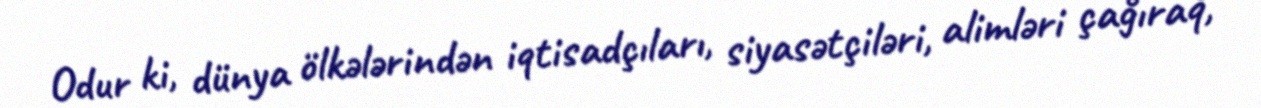
Odur ki, dünya ölkələrindən iqtisadçıları, siyasətçiləri, alimləri çağıraq,